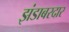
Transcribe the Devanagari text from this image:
झंडाबरदार